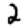
Digit: 2